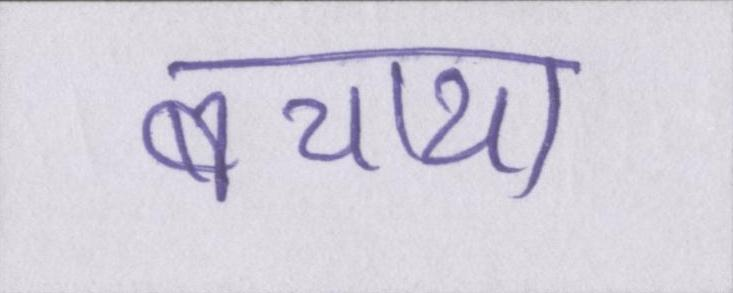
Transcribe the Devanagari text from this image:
बचाया